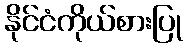
နိုင်ငံကိုယ်စားပြု